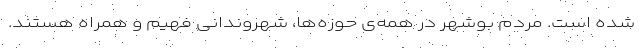
شده است. مردم بوشهر در همه‌ی حوزه‌ها، شهروندانی فهیم و همراه هستند.